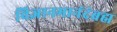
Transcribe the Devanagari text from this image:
विज्ञानमानंदंब्रह्म